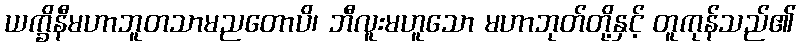
ယက္ခိနီမဟာဘူတသာမညတောပိ၊ ဘီလူးမဟူသော မဟာဘုတ်တို့နှင့် တူကုန်သည်၏